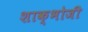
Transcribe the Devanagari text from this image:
शाक्भोजी